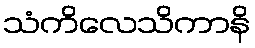
သံကိလေသိကာနိ